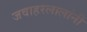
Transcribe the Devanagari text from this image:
जवाहरलालांनी